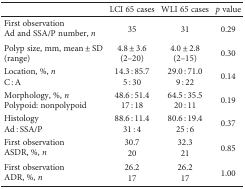
<table><thead><tr><td></td><td><b>LCI 65 cases</b></td><td><b>WLI 65 cases</b></td><td><b><i>p</i> value</b></td></tr></thead><tbody><tr><td>First observationAd and SSA/P number, <i>n</i></td><td>35</td><td>31</td><td>0.29</td></tr><tr><td>Polyp size, mm, mean ± SD(range)</td><td>4.8 ± 3.6(2–20)</td><td>4.0 ± 2.8(2–15)</td><td>0.30</td></tr><tr><td>Location, %, <i>n</i>C : A</td><td>14.3 : 85.75 : 30</td><td>29.0 : 71.09 : 22</td><td>0.14</td></tr><tr><td>Morphology, %, <i>n</i>Polypoid: nonpolypoid</td><td>48.6 : 51.417 : 18</td><td>64.5 : 35.520 : 11</td><td>0.19</td></tr><tr><td>HistologyAd : SSA/P</td><td>88.6 : 11.431 : 4</td><td>80.6 : 19.425 : 6</td><td>0.37</td></tr><tr><td>First observationASDR, %, <i>n</i></td><td>30.720</td><td>32.321</td><td>0.85</td></tr><tr><td>First observationADR, %, <i>n</i></td><td>26.217</td><td>26.217</td><td>1.00</td></tr></tbody></table>